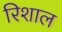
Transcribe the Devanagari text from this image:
रिशाल